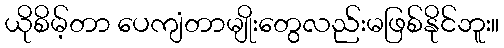
ယိုစိမ့်တာ ပေကျံတာမျိုးတွေလည်းမဖြစ်နိုင်ဘူး။